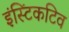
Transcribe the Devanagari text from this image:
इंस्टिंकटिव